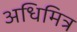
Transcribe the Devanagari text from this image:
अधिमित्र